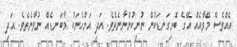
އެއްވެސް މޭވާއެއް އޭގެ ބޮށިގަނޑަކުން ނުނިކުންނާނެތެވެ. އަދި އަންހެނަކު މާބަނޑެއް ނުވާނެތެވެ. އަދި